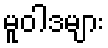
မူဝါဒများ